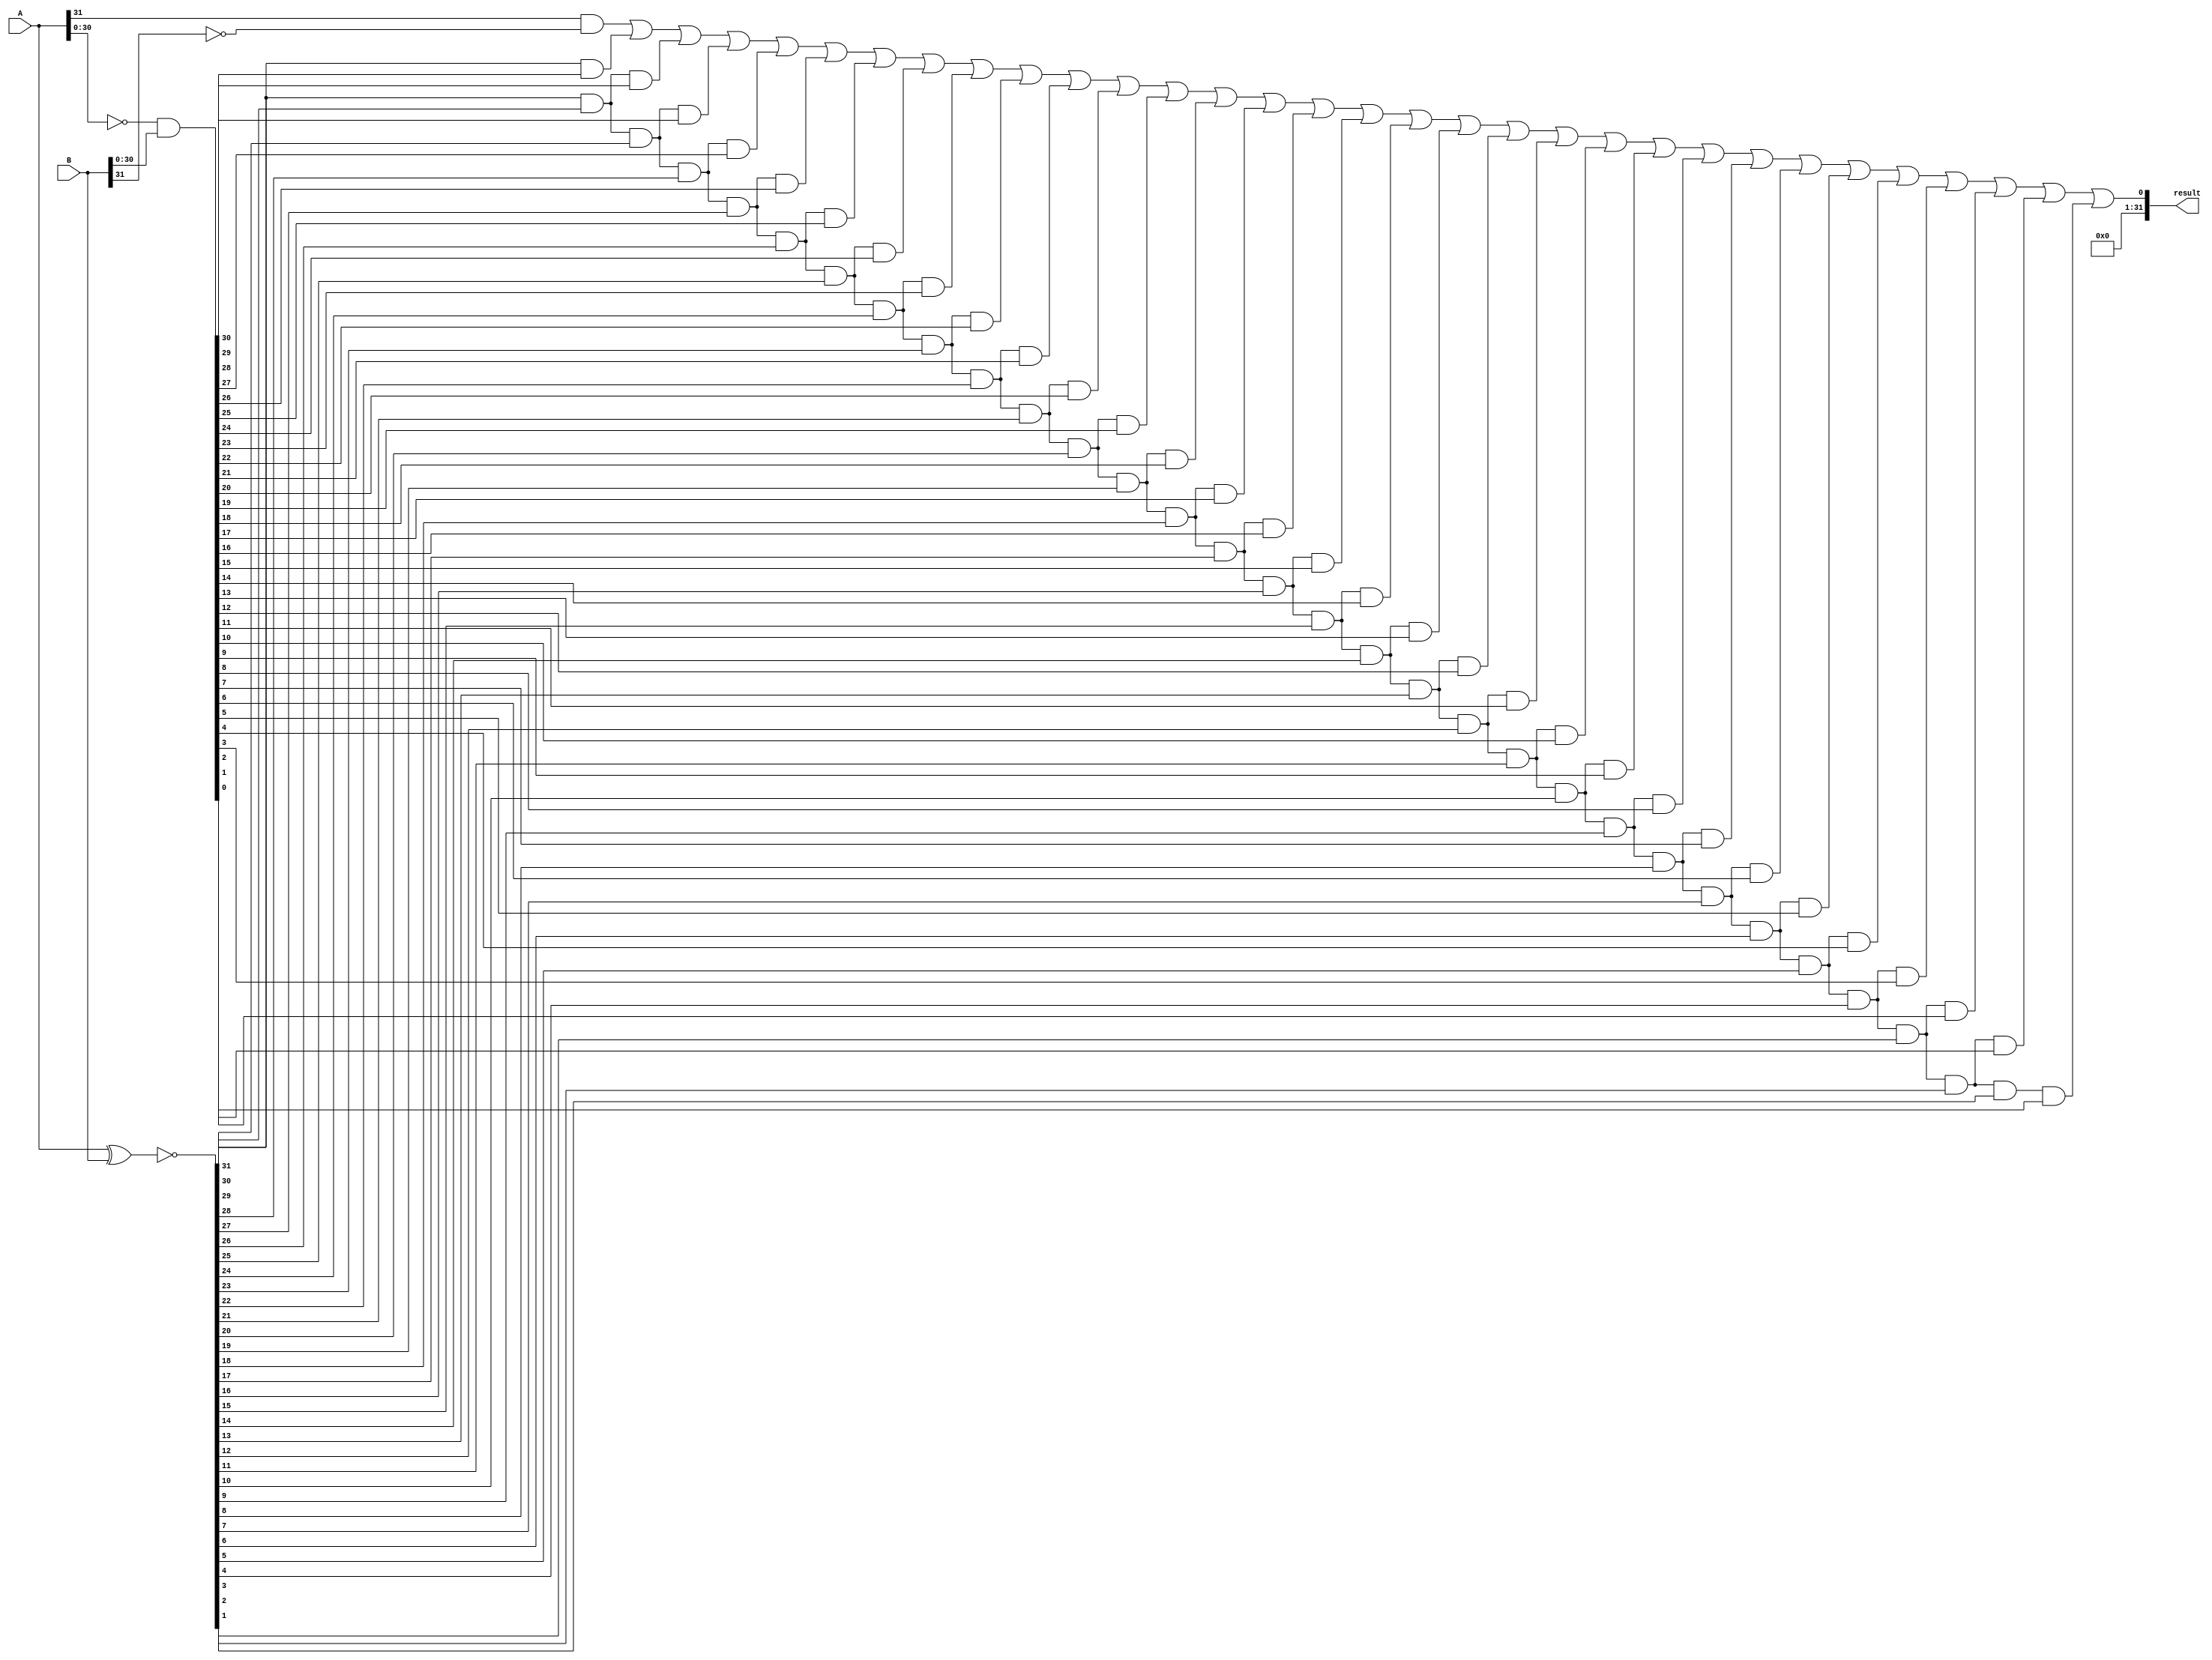
`timescale 1ns / 1ps
//////////////////////////////////////////////////////////////////////////////////
/*
ALU "set on less than"
:
comparator32bitA, BA < B10.
*/
//////////////////////////////////////////////////////////////////////////////////


module comparator(A, B, result);
input [31:0]A,B;
output [31:0]result;

wire [31:0] XNOR, Min_01;
wire [31:0] z; //

assign XNOR = ~(A ^ B);
assign Min_01 = ~A & B;

assign z[31] = (A[31] & ~B[31]);
assign z[30] = (XNOR[31] & Min_01[30]);
assign z[29] = (XNOR[31] & XNOR[30] & Min_01[29]);
assign z[28] = (XNOR[31] & XNOR[30] & XNOR[29] & Min_01[28]);
assign z[27] = (XNOR[31] & XNOR[30] & XNOR[29] & XNOR[28] & Min_01[27]);
assign z[26] = (XNOR[31] & XNOR[30] & XNOR[29] & XNOR[28] & XNOR[27] & Min_01[26]);
assign z[25] = (XNOR[31] & XNOR[30] & XNOR[29] & XNOR[28] & XNOR[27] & XNOR[26] & Min_01[25]);
assign z[24] = (XNOR[31] & XNOR[30] & XNOR[29] & XNOR[28] & XNOR[27] & XNOR[26] & XNOR[25] & Min_01[24]);
assign z[23] = (XNOR[31] & XNOR[30] & XNOR[29] & XNOR[28] & XNOR[27] & XNOR[26] & XNOR[25] & XNOR[24] & Min_01[23]);
assign z[22] = (XNOR[31] & XNOR[30] & XNOR[29] & XNOR[28] & XNOR[27] & XNOR[26] & XNOR[25] & XNOR[24] & XNOR[23] & Min_01[22]);
assign z[21] = (XNOR[31] & XNOR[30] & XNOR[29] & XNOR[28] & XNOR[27] & XNOR[26] & XNOR[25] & XNOR[24] & XNOR[23] & XNOR[22] & Min_01[21]);
assign z[20] = (XNOR[31] & XNOR[30] & XNOR[29] & XNOR[28] & XNOR[27] & XNOR[26] & XNOR[25] & XNOR[24] & XNOR[23] & XNOR[22] &XNOR[21] & Min_01[20]);
assign z[19] = (XNOR[31] & XNOR[30] & XNOR[29] & XNOR[28] & XNOR[27] & XNOR[26] & XNOR[25] & XNOR[24] & XNOR[23] & XNOR[22] &XNOR[21] & XNOR[20] & Min_01[19]);
assign z[18] = (XNOR[31] & XNOR[30] & XNOR[29] & XNOR[28] & XNOR[27] & XNOR[26] & XNOR[25] & XNOR[24] & XNOR[23] & XNOR[22] &XNOR[21] & XNOR[20] & XNOR[19] & Min_01[18]);
assign z[17] = (XNOR[31] & XNOR[30] & XNOR[29] & XNOR[28] & XNOR[27] & XNOR[26] & XNOR[25] & XNOR[24] & XNOR[23] & XNOR[22] &XNOR[21] & XNOR[20] & XNOR[19] & XNOR[18] & Min_01[17]);
assign z[16] = (XNOR[31] & XNOR[30] & XNOR[29] & XNOR[28] & XNOR[27] & XNOR[26] & XNOR[25] & XNOR[24] & XNOR[23] & XNOR[22] &XNOR[21] & XNOR[20] & XNOR[19] & XNOR[18] & XNOR[17] & Min_01[16]);
assign z[15] = (XNOR[31] & XNOR[30] & XNOR[29] & XNOR[28] & XNOR[27] & XNOR[26] & XNOR[25] & XNOR[24] & XNOR[23] & XNOR[22] &XNOR[21] & XNOR[20] & XNOR[19] & XNOR[18] & XNOR[17] & XNOR[16] & Min_01[15]);
assign z[14] = (XNOR[31] & XNOR[30] & XNOR[29] & XNOR[28] & XNOR[27] & XNOR[26] & XNOR[25] & XNOR[24] & XNOR[23] & XNOR[22] &XNOR[21] & XNOR[20] & XNOR[19] & XNOR[18] & XNOR[17] & XNOR[16] & XNOR[15] & Min_01[14]);
assign z[13] = (XNOR[31] & XNOR[30] & XNOR[29] & XNOR[28] & XNOR[27] & XNOR[26] & XNOR[25] & XNOR[24] & XNOR[23] & XNOR[22] &XNOR[21] & XNOR[20] & XNOR[19] & XNOR[18] & XNOR[17] & XNOR[16] & XNOR[15] & XNOR[14] & Min_01[13]);
assign z[12] = (XNOR[31] & XNOR[30] & XNOR[29] & XNOR[28] & XNOR[27] & XNOR[26] & XNOR[25] & XNOR[24] & XNOR[23] & XNOR[22] &XNOR[21] & XNOR[20] & XNOR[19] & XNOR[18] & XNOR[17] & XNOR[16] & XNOR[15] & XNOR[14] & XNOR[13] & Min_01[12]);
assign z[11] = (XNOR[31] & XNOR[30] & XNOR[29] & XNOR[28] & XNOR[27] & XNOR[26] & XNOR[25] & XNOR[24] & XNOR[23] & XNOR[22] &XNOR[21] & XNOR[20] & XNOR[19] & XNOR[18] & XNOR[17] & XNOR[16] & XNOR[15] & XNOR[14] & XNOR[13] & XNOR[12] & Min_01[11]);
assign z[10] = (XNOR[31] & XNOR[30] & XNOR[29] & XNOR[28] & XNOR[27] & XNOR[26] & XNOR[25] & XNOR[24] & XNOR[23] & XNOR[22] &XNOR[21] & XNOR[20] & XNOR[19] & XNOR[18] & XNOR[17] & XNOR[16] & XNOR[15] & XNOR[14] & XNOR[13] & XNOR[12] & XNOR[11] & Min_01[10]);
assign z[ 9] = (XNOR[31] & XNOR[30] & XNOR[29] & XNOR[28] & XNOR[27] & XNOR[26] & XNOR[25] & XNOR[24] & XNOR[23] & XNOR[22] &XNOR[21] & XNOR[20] & XNOR[19] & XNOR[18] & XNOR[17] & XNOR[16] & XNOR[15] & XNOR[14] & XNOR[13] & XNOR[12] & XNOR[11] & XNOR[10] & Min_01[ 9]);
assign z[ 8] = (XNOR[31] & XNOR[30] & XNOR[29] & XNOR[28] & XNOR[27] & XNOR[26] & XNOR[25] & XNOR[24] & XNOR[23] & XNOR[22] &XNOR[21] & XNOR[20] & XNOR[19] & XNOR[18] & XNOR[17] & XNOR[16] & XNOR[15] & XNOR[14] & XNOR[13] & XNOR[12] & XNOR[11] & XNOR[10] & XNOR[ 9] & Min_01[ 8]);
assign z[ 7] = (XNOR[31] & XNOR[30] & XNOR[29] & XNOR[28] & XNOR[27] & XNOR[26] & XNOR[25] & XNOR[24] & XNOR[23] & XNOR[22] &XNOR[21] & XNOR[20] & XNOR[19] & XNOR[18] & XNOR[17] & XNOR[16] & XNOR[15] & XNOR[14] & XNOR[13] & XNOR[12] & XNOR[11] & XNOR[10] & XNOR[ 9] & XNOR[ 8] & Min_01[ 7]);
assign z[ 6] = (XNOR[31] & XNOR[30] & XNOR[29] & XNOR[28] & XNOR[27] & XNOR[26] & XNOR[25] & XNOR[24] & XNOR[23] & XNOR[22] &XNOR[21] & XNOR[20] & XNOR[19] & XNOR[18] & XNOR[17] & XNOR[16] & XNOR[15] & XNOR[14] & XNOR[13] & XNOR[12] & XNOR[11] & XNOR[10] & XNOR[ 9] & XNOR[ 8] & XNOR[ 7] & Min_01[ 6]);
assign z[ 5] = (XNOR[31] & XNOR[30] & XNOR[29] & XNOR[28] & XNOR[27] & XNOR[26] & XNOR[25] & XNOR[24] & XNOR[23] & XNOR[22] &XNOR[21] & XNOR[20] & XNOR[19] & XNOR[18] & XNOR[17] & XNOR[16] & XNOR[15] & XNOR[14] & XNOR[13] & XNOR[12] & XNOR[11] & XNOR[10] & XNOR[ 9] & XNOR[ 8] & XNOR[ 7] & XNOR[ 6] & Min_01[ 5]);
assign z[ 4] = (XNOR[31] & XNOR[30] & XNOR[29] & XNOR[28] & XNOR[27] & XNOR[26] & XNOR[25] & XNOR[24] & XNOR[23] & XNOR[22] &XNOR[21] & XNOR[20] & XNOR[19] & XNOR[18] & XNOR[17] & XNOR[16] & XNOR[15] & XNOR[14] & XNOR[13] & XNOR[12] & XNOR[11] & XNOR[10] & XNOR[ 9] & XNOR[ 8] & XNOR[ 7] & XNOR[ 6] & XNOR[ 5] & Min_01[ 4]);
assign z[ 3] = (XNOR[31] & XNOR[30] & XNOR[29] & XNOR[28] & XNOR[27] & XNOR[26] & XNOR[25] & XNOR[24] & XNOR[23] & XNOR[22] &XNOR[21] & XNOR[20] & XNOR[19] & XNOR[18] & XNOR[17] & XNOR[16] & XNOR[15] & XNOR[14] & XNOR[13] & XNOR[12] & XNOR[11] & XNOR[10] & XNOR[ 9] & XNOR[ 8] & XNOR[ 7] & XNOR[ 6] & XNOR[ 5] & XNOR[ 4] & Min_01[ 3]);
assign z[ 2] = (XNOR[31] & XNOR[30] & XNOR[29] & XNOR[28] & XNOR[27] & XNOR[26] & XNOR[25] & XNOR[24] & XNOR[23] & XNOR[22] &XNOR[21] & XNOR[20] & XNOR[19] & XNOR[18] & XNOR[17] & XNOR[16] & XNOR[15] & XNOR[14] & XNOR[13] & XNOR[12] & XNOR[11] & XNOR[10] & XNOR[ 9] & XNOR[ 8] & XNOR[ 7] & XNOR[ 6] & XNOR[ 5] & XNOR[ 4] & XNOR[ 3] & Min_01[ 2]);
assign z[ 1] = (XNOR[31] & XNOR[30] & XNOR[29] & XNOR[28] & XNOR[27] & XNOR[26] & XNOR[25] & XNOR[24] & XNOR[23] & XNOR[22] &XNOR[21] & XNOR[20] & XNOR[19] & XNOR[18] & XNOR[17] & XNOR[16] & XNOR[15] & XNOR[14] & XNOR[13] & XNOR[12] & XNOR[11] & XNOR[10] & XNOR[ 9] & XNOR[ 8] & XNOR[ 7] & XNOR[ 6] & XNOR[ 5] & XNOR[ 4] & XNOR[ 3] & XNOR[ 2] & Min_01[ 1]);
assign z[ 0] = (XNOR[31] & XNOR[30] & XNOR[29] & XNOR[28] & XNOR[27] & XNOR[26] & XNOR[25] & XNOR[24] & XNOR[23] & XNOR[22] &XNOR[21] & XNOR[20] & XNOR[19] & XNOR[18] & XNOR[17] & XNOR[16] & XNOR[15] & XNOR[14] & XNOR[13] & XNOR[12] & XNOR[11] & XNOR[10] & XNOR[ 9] & XNOR[ 8] & XNOR[ 7] & XNOR[ 6] & XNOR[ 5] & XNOR[ 4] & XNOR[ 3] & XNOR[ 2] & XNOR[ 1] & Min_01[ 0]);

assign result[0] = z[31] | z[30] | z[29] | z[28] | z[27] | z[26] | z[25] | z[24] | z[23] | z[22] | z[21] | z[20] | z[19] | z[18] | z[17] | z[16] | z[15] | z[14] | z[13] | z[12] | z[11] | z[10] | z[ 9] | z[ 8] | z[ 7] | z[ 6] | z[ 5] | z[ 4] | z[ 3] | z[ 2] | z[ 1] | z[ 0];
assign result[31:1] = 31'b0;
endmodule